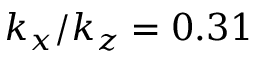
k _ { x } / k _ { z } = 0 . 3 1